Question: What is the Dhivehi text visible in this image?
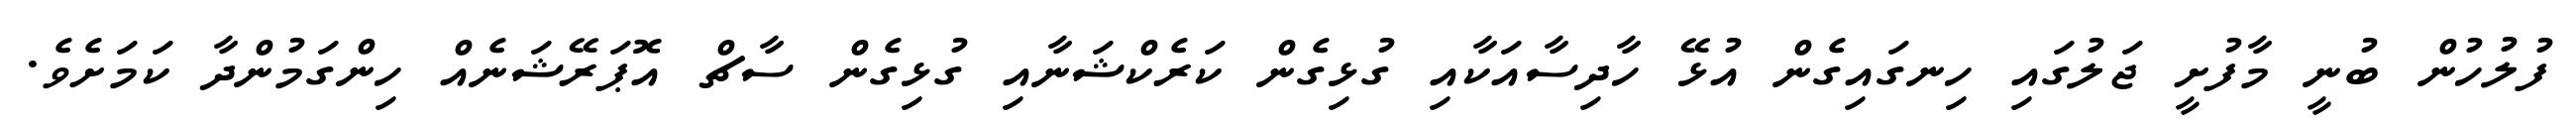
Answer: ފުލުހުން ބުނީ މާފުށީ ޖަލުގައި ހިނގައިގެން އުޅޭ ހާދިސާއަކާއި ގުޅިގެން ކަރެކްޝަނާއި ގުޅިގެން ސާޗް އޮޕަރޭޝަނެއް ހިންގަމުންދާ ކަމަށެވެ.